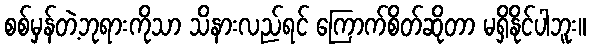
စစ်မှန်တဲ့ဘုရားကိုသာ သိနားလည်ရင် ကြောက်စိတ်ဆိုတာ မရှိနိုင်ပါဘူး။